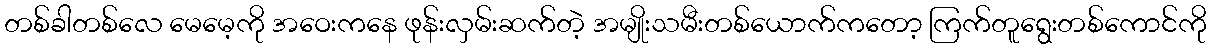
တစ်ခါတစ်လေ မေမေ့ကို အဝေးကနေ ဖုန်းလှမ်းဆက်တဲ့ အမျိုးသမီးတစ်ယောက်ကတော့ ကြက်တူရွေးတစ်ကောင်ကို